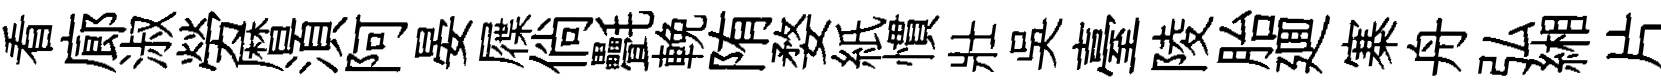
看廊淑勞暦湏阿晏屧倘㲲輓陏婺紙慣壯吳臺陵胎廽寨舟弘緗片